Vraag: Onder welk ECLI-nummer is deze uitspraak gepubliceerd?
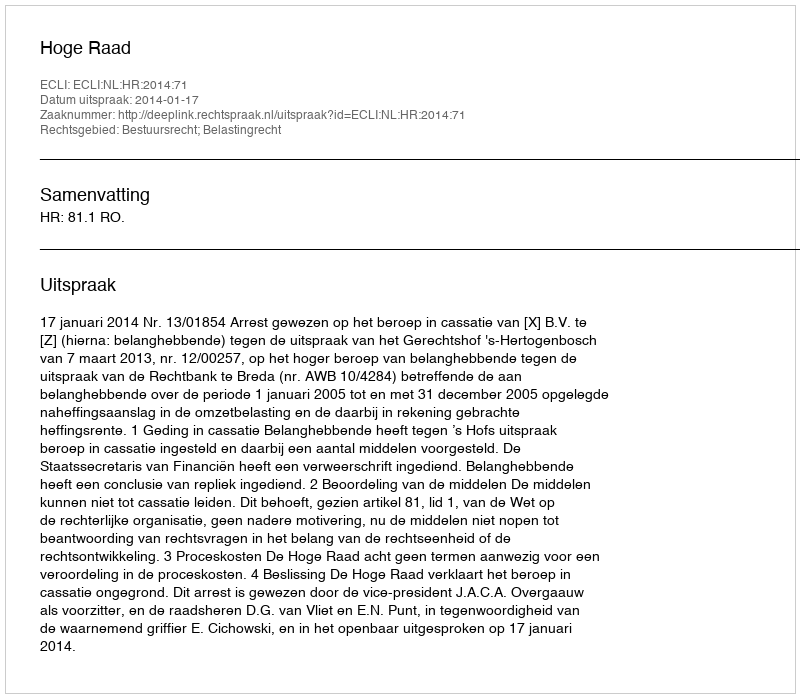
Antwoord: ECLI:NL:HR:2014:71